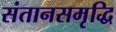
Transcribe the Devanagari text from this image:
संतानसमृद्धि